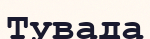
Тувада